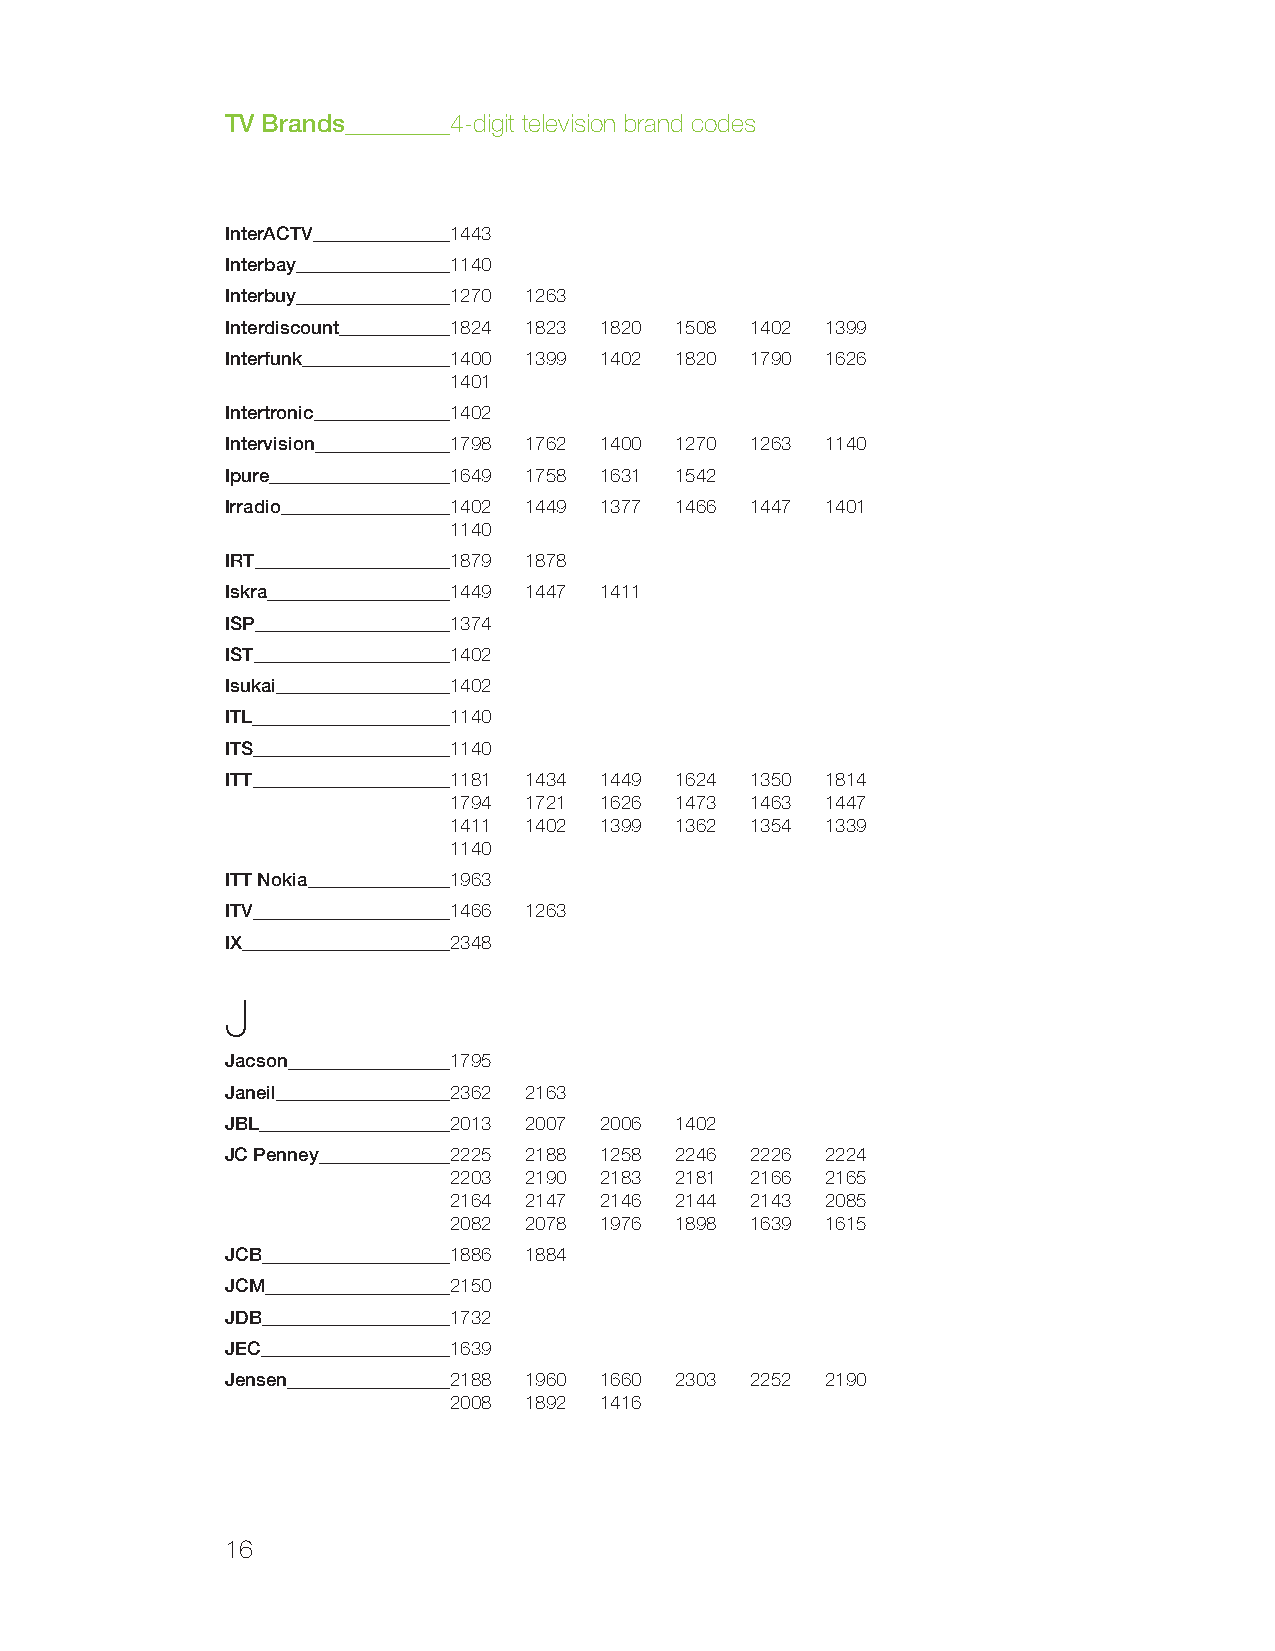
TV Brands      4-digit television brand codes
 InterACTV      1443
 Interbay       1140
 Interbuy       1270 1263
 Interdiscount  1824 1823 1820 1508 1402 1399
 Interfunk      1400 1399 1402 1820 1790 1626
 1401
 Intertronic    1402
 Intervision    1798 1762 1400 1270 1263 1140
 Ipure          1649 1758 1631 1542
 Irradio        1402 1449 1377 1466 1447 1401
 1140
 IRT            1879 1878
 Iskra          1449 1447 1411
 ISP            1374
 IST            1402
 Isukai         1402
 ITL            1140
 ITS            1140
 ITT            1181 1434 1449 1624 1350 1814
 1794 1721 1626 1473 1463 1447
 1411 1402 1399 1362 1354 1339
 1140
 ITT Nokia      1963
 ITV            1466 1263
 IX             2348
 J
 Jacson         1795
 Janeil         2362 2163
 JBL            2013 2007 2006 1402
 JC Penney      2225 2188 1258 2246 2226 2224
 2203 2190 2183 2181 2166 2165
 2164 2147 2146 2144 2143 2085
 2082 2078 1976 1898 1639 1615
 JCB            1886 1884
 JCM            2150
 JDB            1732
 JEC            1639
 Jensen         2188 1960 1660 2303 2252 2190
 2008 1892 1416
 16